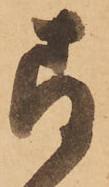
存